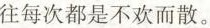
往每次都是不欢而散。